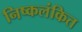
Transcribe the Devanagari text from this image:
निष्कलंकित